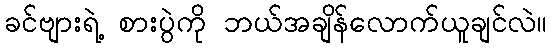
ခင်ဗျားရဲ့ စားပွဲကို ဘယ်အချိန်လောက်ယူချင်လဲ။